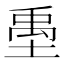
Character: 㙑